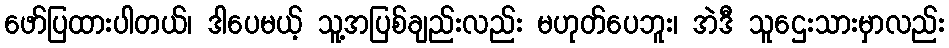
ဖော်ပြထားပါတယ်၊ ဒါပေမယ့် သူ့အပြစ်ချည်းလည်း မဟုတ်ပေဘူး၊ အဲဒီ သူဌေးသားမှာလည်း